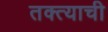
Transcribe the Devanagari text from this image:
तक्त्याची